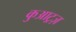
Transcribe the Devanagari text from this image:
कुआट्रज़